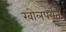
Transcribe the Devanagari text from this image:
खोलपर्यंत